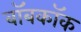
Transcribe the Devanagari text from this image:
बॉबकॉक